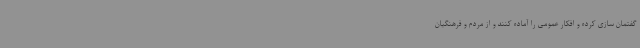
گفتمان سازی کرده و افکار عمومی را آماده کنند و از مردم و فرهنگیان